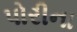
પોરીના